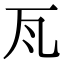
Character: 𭺛